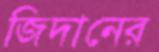
জিদানের